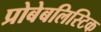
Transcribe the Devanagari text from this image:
प्रोबेबलिस्टिक